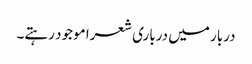
دربار میں درباری شعرا موجود رہتے۔